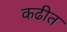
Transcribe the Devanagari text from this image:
कढीत